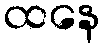
ထနေ